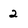
Character: 2